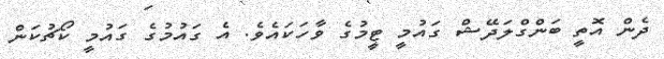
ދެން އޮތީ ބަންގްލަދޭޝް ގައުމީ ޓީމުގެ ވާހަކައެވެ. އެ ގައުމުގެ ގައުމީ ކޯޗުކަން